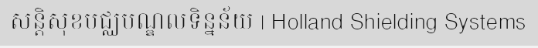
សន្តិសុខមជ្ឈមណ្ឌលទិន្នន័យ | Holland Shielding Systems